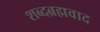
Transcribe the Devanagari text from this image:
शब्दब्रह्मवाद